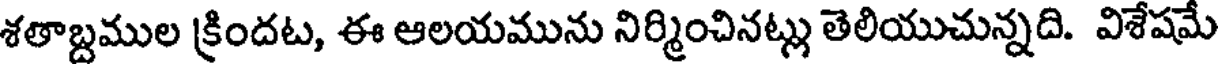
శతాబ్దముల క్రిందట, ఈ ఆలయమును నిర్మించినట్లు తెలియుచున్నది. విశేషమే